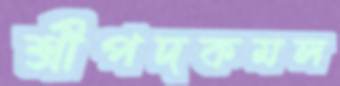
শ্রীপদকমল